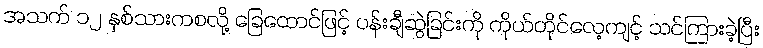
အသက် ၁၂ နှစ်သားကစလို့ ခြေထောင်ဖြင့် ပန်းချီဆွဲခြင်းကို ကိုယ်တိုင်လေ့ကျင့် သင်ကြားခဲ့ပြီး